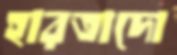
হারতাদো